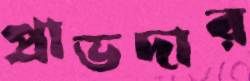
প্রাভদার